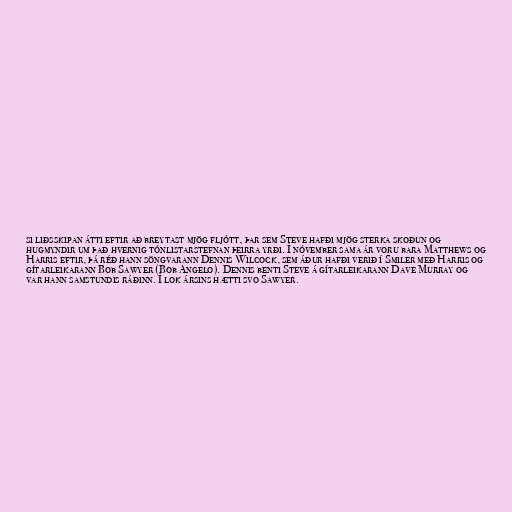
si liðsskipan átti eftir að breytast mjög fljótt, þar sem Steve hafði mjög sterka skoðun og
hugmyndir um það hvernig tónlistarstefnan þeirra yrði. Í nóvember sama ár voru bara Matthews og
Harris eftir, þá réð hann söngvarann Dennis Wilcock, sem áður hafði verið í Smiler með Harris og
gítarleikarann Bob Sawyer (Bob Angelo). Dennis benti Steve á gítarleikarann Dave Murray og
var hann samstundis ráðinn. Í lok ársins hætti svo Sawyer.